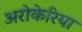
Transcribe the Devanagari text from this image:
अरोकेरिया